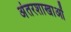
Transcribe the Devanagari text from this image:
अंतरशाखाओं